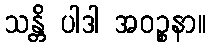
သန္တိ ပါဒါ အဝဉ္စနာ။